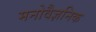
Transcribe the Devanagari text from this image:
मनोवैज्ञनिक